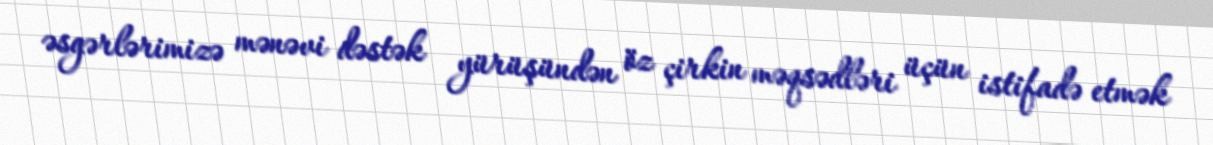
əsgərlərimizə mənəvi dəstək yürüşündən öz çirkin məqsədləri üçün istifadə etmək